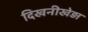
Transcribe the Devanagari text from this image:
दिखनीखेड़ा